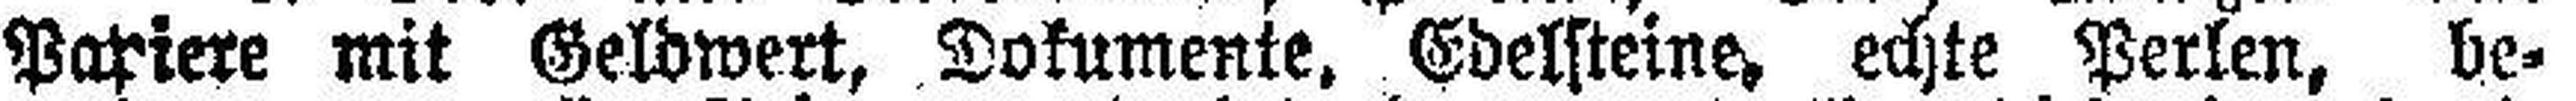
Papiere mit Geldwert, Dokumente. Edelsteine, echte Perlen, be¬